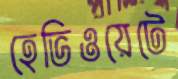
হেভিওয়েটে